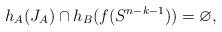
LaTeX: \begin{align*}h_A(J_A)\cap h_B(f(S^{n-k-1}))=\varnothing,\end{align*}